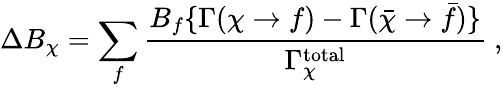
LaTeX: \Delta B_{\chi}=\sum_{f}\frac{B_{f}\{ \Gamma(\chi\to f)-\Gamma(\bar{\chi}\to\bar{f})\} }{\Gamma_{\chi}^{\mathrm{total}}}~,